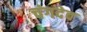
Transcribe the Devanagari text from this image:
चंगदेव